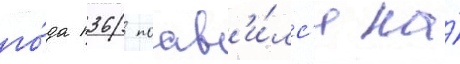
го́да п36 поав'и́лс'я на́